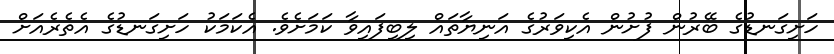
ހަށިގަނޑުގެ ބޭރުން ފުށުން އެކިވަރުގެ އަނިޔާތައް ލިބިފައިވާ ކަމަށެވެ. އެކަމަކު ހަށިގަނޑުގެ އެތެރެއަށް